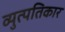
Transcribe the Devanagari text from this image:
व्युत्पतिकार